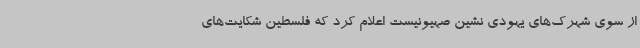
از سوی شهرک‌های یهودی نشین صهیونیست اعلام کرد که فلسطین شکایت‌های